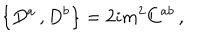
LaTeX: \left\{ D ^ { a } \, , D ^ { b } \right\} = 2 i m ^ { 2 } C ^ { a b } \, ,